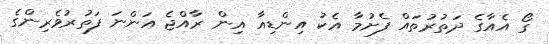
ގޯ އެއާގެ ދަތުރުތައް ފެށުމާ އެކު އިންޑިއާ އިން ރާއްޖެ އަންނަ ފަތުރުވެރިންގެ